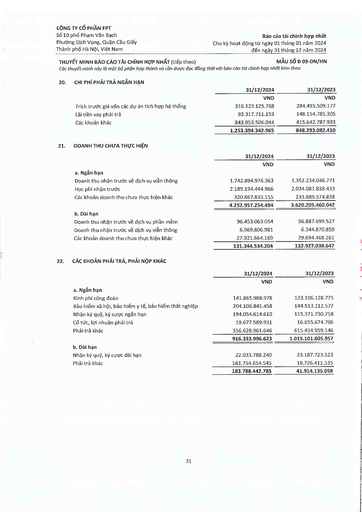
||31/12/2024|31/12/2023| |---|---|---| ||VND|VND| |Trích trước giá vốn các dự án tích hợp hệ thống|316123125768|284495509172| |Lãi tiền vay phải trả|93317711153|148154785305| |Các khoản khác|843953506044|415642787933| ||1253394342965|848293082410| ||31/12/2024|31/12/2023| |---|---|---| ||VND|VND| |a. Ngắn hạn||| |Doanh thu nhận trước về dịch vụ viễn thông|1742894976363|1352234046771| |Học phí nhận trước|2189194444966|2034081838433| |Các khoản doanh thu chưa thực hiện khác|320867833155|233889574838| ||4252957254484|3620205460042| |b. Dài hạn||| |Doanh thu nhận trước về dịch vụ phần mềm|96453063054|96887699527| |Doanh thu nhận trước về dịch vụ viễn thông|6969806981|6344870859| |Các khoản doanh thu chưa thực hiện khác|27921664169|29694468261| ||131344534204|132927038647| ||31/12/2024|31/12/2023| |---|---|---| ||VND|VND| |a. Ngắn hạn||| |Kinh phí công đoàn|141865988978|123106128775| |Bảo hiểm xã hội, bảo hiểm y tế, bảo hiểm thất nghiệp|204106841458|144513112572| |Nhận ký quỹ, ký cược ngắn hạn|194054614610|115371730758| |Cổ tức, lợi nhuận phải trả|19677589931|16655674706| |Phải trả khác|356628961646|615454959146| ||916333996623|1015101605957| |b. Dài hạn||| |Nhận ký quỹ, ký cược dài hạn|22033788240|23187723523| |Phải trả khác|161754654545|18726411535| ||183788442785|41914135058|